Leaving Certificate Examination, 1909
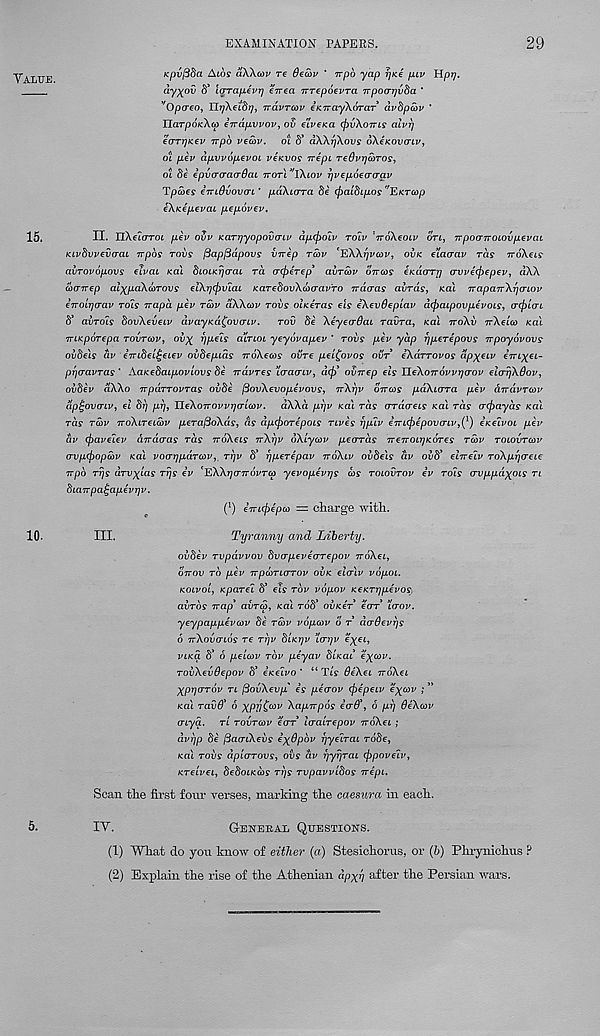
EXAMINATION PAPERS.
29
Value.
Kpvfiba Aios aWcov re Oecov * rrpo yap rjice puv Hp?;.
ayxov $ larapevrj errea irrepoevra rrpoa-Tjvda *
v Opcreo, UrjXetdrj, irdvraiv eKTrayXoTar dvdpcov *
HarpOKXcp eirdpvvov, ov eiveita (f)v\o7ris alvrj
eo'TTjK.ev TTpo vecov. oi d' dWrjXovs dXeKOVffiv,
oi pev dpvvopevoL veK.vos irepL reOvijcoros,
oi 8e ipyoraadOaL ttotV'IXiov 7]vep6ea(rav
Tpeoes €7ri0vov<ri' paXio-ra 8e <fiai8ip.os "EKTeop
eXicepevai pepovev.
15.
II* nXeioTot pev ovv Karrjyopovo-Lv dp(f)oiv row 'iroXeoiv on, npoaTroLOvpevai
Ktvdvvevcrai Trpos rovs (3ap(3dpovs virep rcov e 'EXXr]va3V, ovk. e’Laaav rds TroXeis*
avrovopovs eivat kcu dLoucrjcraL rd a(f)eTep 3 avrav ottcos eKaoTT] avve(f)epev, dXX
cocnrep al^paXArovs eiXrjcfrv'iai KaredovXwo’av'ro irdaras avrds, /cat TrapaTrX^aLov
inoiTjcrav to'ls irapd pev rdtv dXXcov rovs ohceras eis iXevdepiav dcfoaipovpevois, o-cfiiaL
8 avrols 8ovXev€Lv dvayKa^ovaiv. rod 8e Xeyeo-Qat ravra, /cat ttoXv rcXelco kcil
TUKporepa rovrcov, ov^ ypels a’inoi yeyovapev ' rovs pev yap fjperepovs irpoyovovs
ov8els av eirtieU^eiev ov8epids noXecos ovre pei^ovos ovr eXdrrovos dp^eiv eVt^et-
prjcravras ' AaK.e8aipoviovs 8e Trdvres ifracnv, d<j) ovnep els UeXoTrovvrjorov elarjXQov,
ov8ev dXXo TTparrovras ov8e (SovXevopevovs, rrXrjv ottcos paXiara pev dirdvraiv
dp^ovaLV, el 8rj prj, UeXoTrovvTjo-Lcov. dXXd prjv /cat rds ordaeis /cat rds a(f)ayds /cat
rds rcav iroXireLOiv perafioXds, as dp(j)orepois rives rjpiv e7ri(f)epova'iv,( l ) eKeTvoi pev
dv (fravelev dirdo-as rds TroXeis ttXtjv oXlycov pecrrds TreTroirjKores rcov roiovrcov
avp(fiopcDV /cat voo-rjpdrcov,. rrjv 8* tjperepav iroXiv ov8els dv 008' elnelv roXprjaeie
irpo rrjs arv^las rrjs ev ^XXrjorrrrovrcd yevopevrjs cos roiovrov ev rois o-yppaxois rt
8ia7rpa£apevr}v.
f 1 ) emcftepco — charge with.
10.
III.
Tyranny and Liberty.
oy8ev rypdvvoy 8yo-pevecrrepov noXei,
ottov rb pev npcoriarov oiik elcriv vopoi.
Koivoi, Kparei S’ et? rbv vopov KeKrrjpevoS}
abrbs Trap 3 ayrcp, /cat roft oyicer ear taw.
yeypappevcov 8e rcov vopcov 6 r dadevrjs
6 TrXoyonos re rr\v 8ikt]v \crrjv e^6t,
vitca 8 6 peicov rbv peyav 8iK.ai e^cov.
robXeydepov 8* eicelvo' “Tt? deXei TroXei
Xpijorov rt fioyXeyp' is peorov (pepeiv e'xcov ; *
/cat radS 3 6 XPvC (OV Xapirpos ecrd 3 , 6 prj OeXcov
aiya. rt royrcov ear laalrepov TroXei ;
dvrjp 8e (BaaiXebs ex@pbv rjye'irai r68e,
/cat robs dpiarovs, obs dv rjyrjrai (fipove'iv,
Krelvei, 8e8oiK(bs rrjs rvpavvidos irepi.
Scan the first four verses, marking the caesura in each.
5.
IV.
General Questions.
(1) What do yon know of either (a) Stesichorus, or (b) Phrynichus ?
(2) Explain the rise of the Athenian dpxrj after the Persian wars.